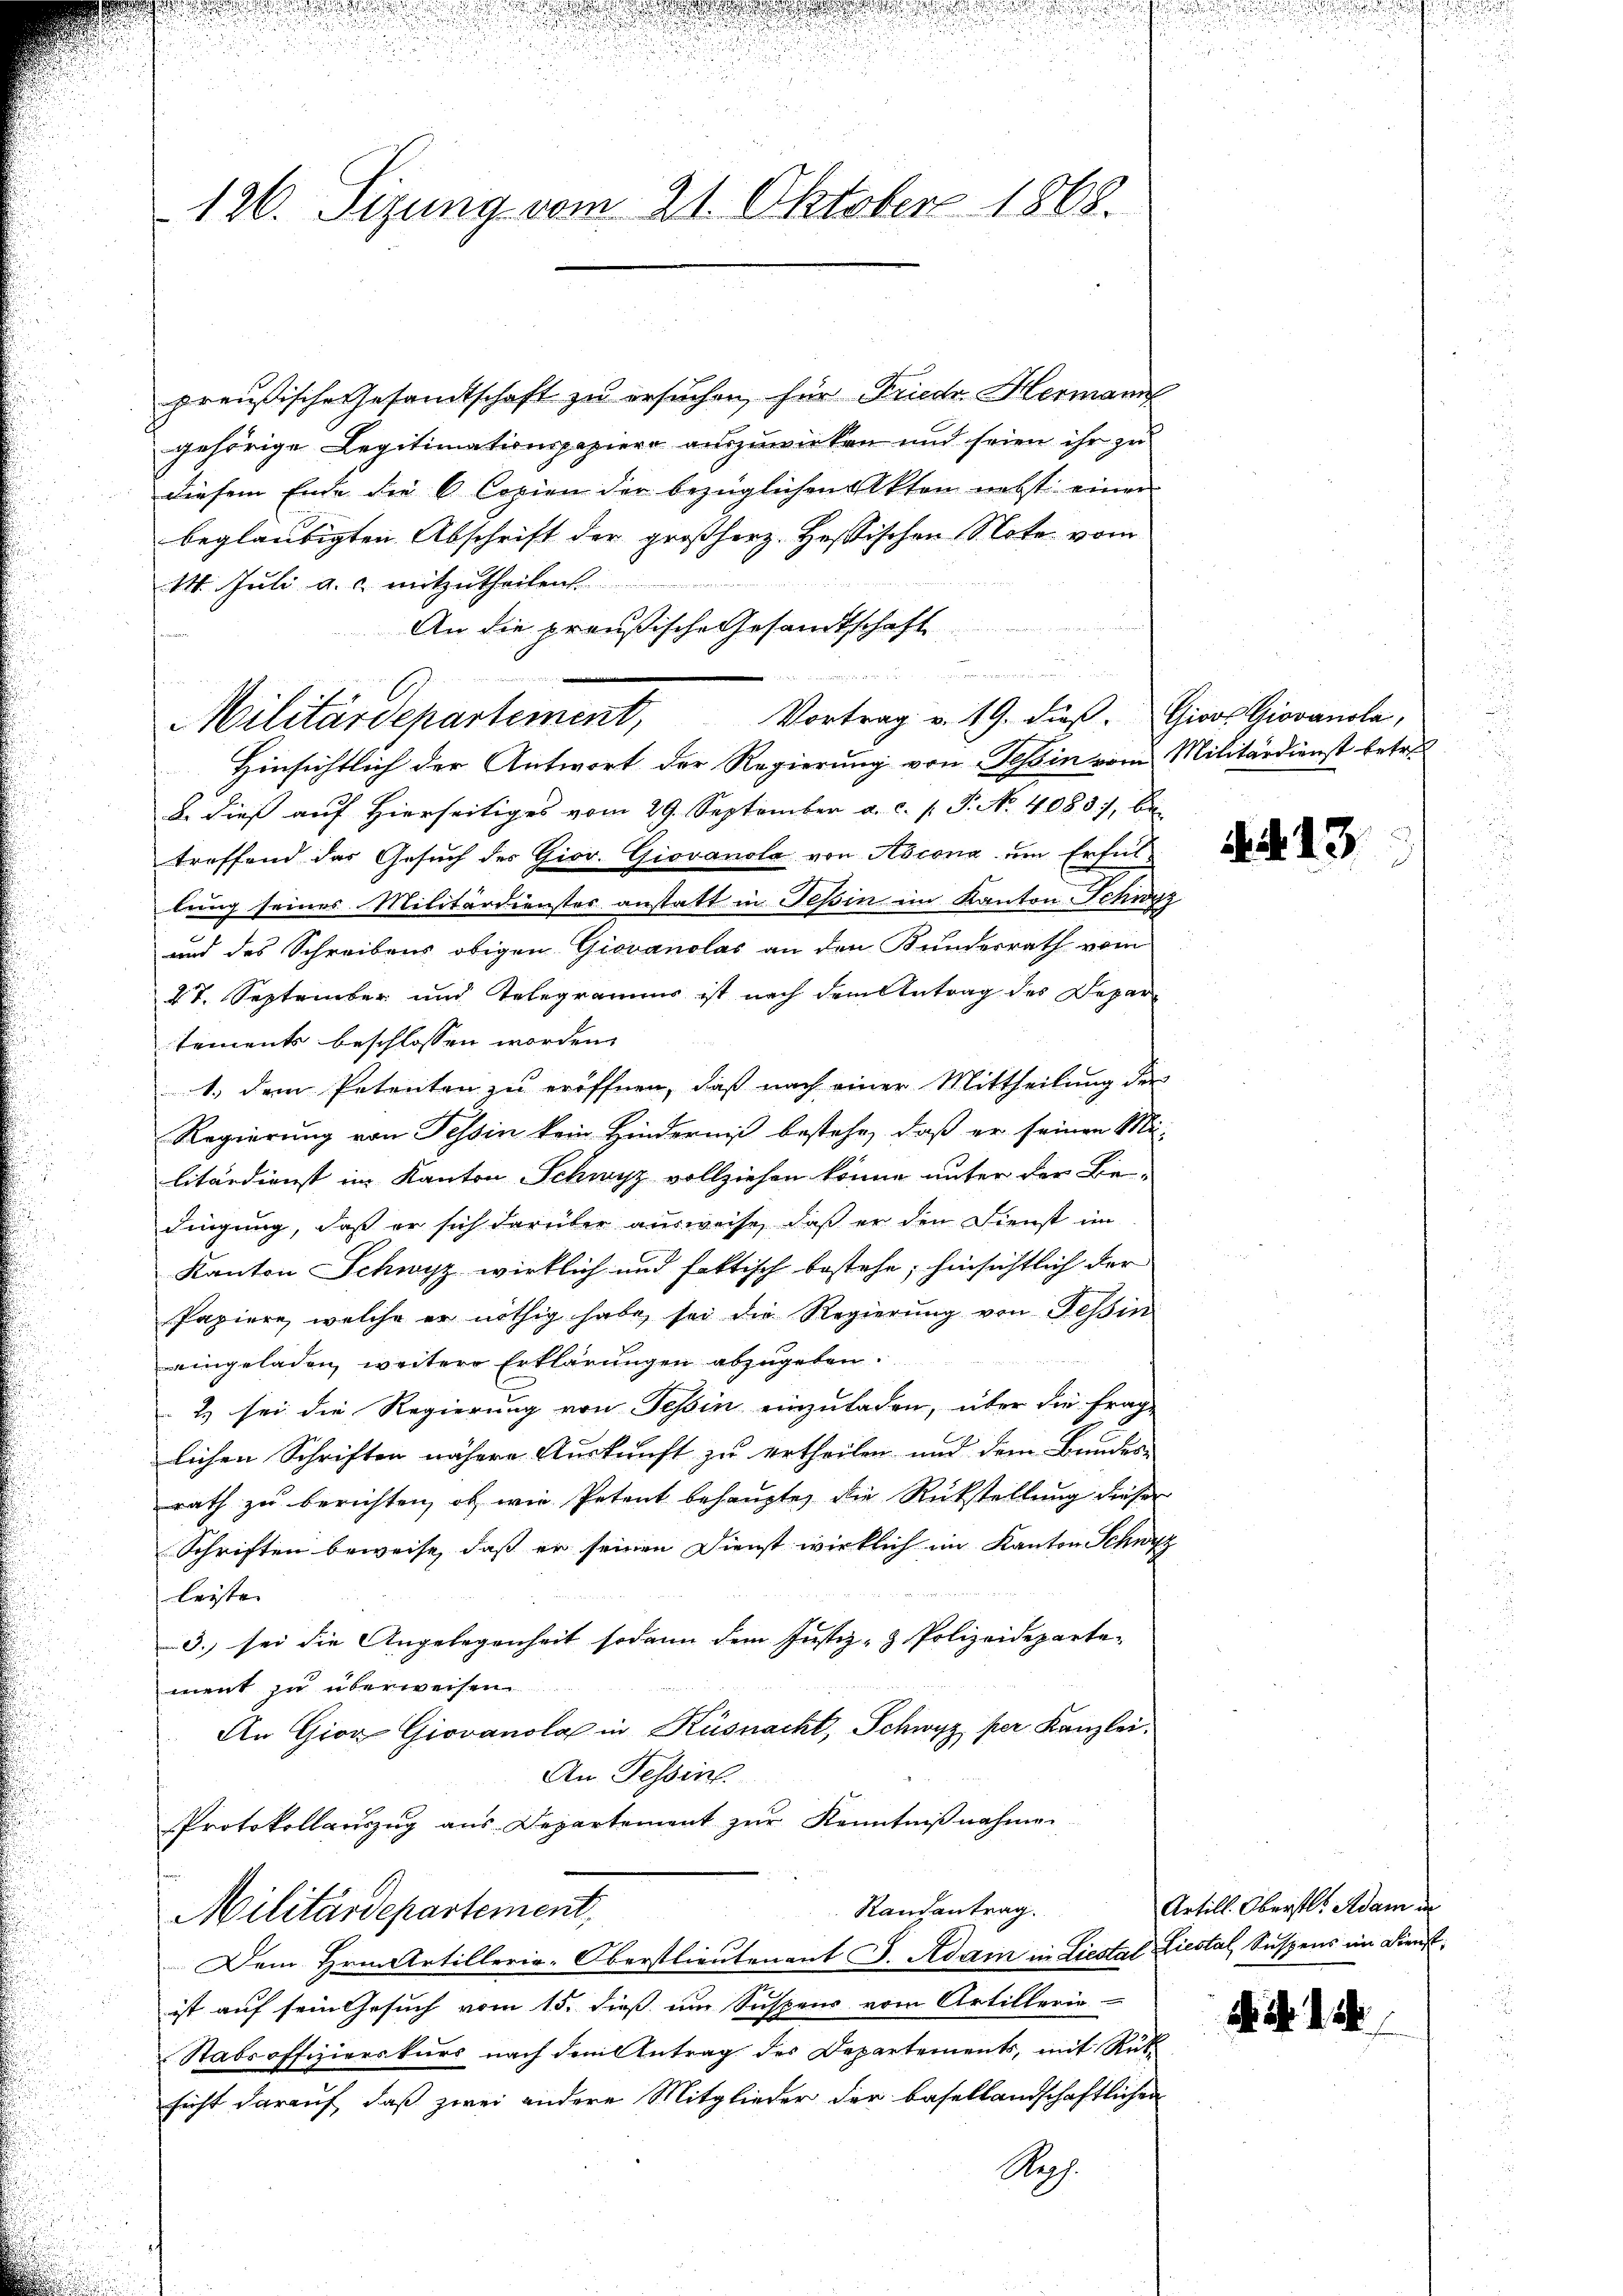
126. Sizung vom 21. Oktober 1868.

preußische Gesandtschaft zu ersuchen, für Friede Hermanif
gehörige Legitimationspapiere auszuwirken und seien ihr zu
diesem Ende die 6 Copien der bezüglichen Akten nebst einer
beglaubigten Abschrift der großherz. Hessischen Note vom
14. Juli a. c. mitzutheilen.
An die preußische Gesandtschaft

Hinsichtlich der Antwort der Regierung von Teßin vom Militärdienst betre
B. dieß auf hierseitiges vom 29. September a. c. s. S. No. 4083), be-
treffend das Gesuch des Giov. Giovanola von Ascona um Erfüllung seines Militärdienstes anstatt in Tessin im Kanton Schwyz
und des Schreibens obigen Giovanolas an den Kundesrath vom
27. September und Telegramms ist nach dem Antrag des Depar-
tements beschlossen worden.
1.) dem Petenten zu eröffnen, daß nach einer Mittheilung der
Regierung von Tessin kein Hinderniß bestehe, daß er seinen Mi-
litärdienst im Kanton Schwyz vollziehen könne unter der Be-
dingung, daß er sich darüber ausweise, daß er den Dienst im
Kanton Schwyz wirklich und faktisch bestehe; hinsichtlich der
Papiere, welche er nöthig habe sei die Regierung von Tessin
eingeladen, weitere Erklärungen abzugeben.
2) sei die Regierung von Tessin einzuladen, über die Frage
lichen Schriften nähere Auskunft zu ertheilen und dem Bundes-
rath zu berichten, ob wie Petent behaupten die Rückstellung dieser
Schriften beweise, daß er seinen Dienst wirklich im Kanton Schwyz
leisten |
3. sei die Angelegenheit sodann dem Justiz- & Polizeideparte-
ment zu überweisen.
An Gior Giovanola in Küsnacht, Schwyz per Kanzlei¬
An Tessin
Protokollauszug aus Departement zur Kenntnißnahme.
Randantrag
Militärdepartement,
Dem Hrn. Artillerie-Oberstlieutenant J. Adam in Liestal Liestal, Suspens im Dienstist auf sein Gesuch vom 15. dieß ein Suspens vom Artillerie
Stabsoffizierskurs nach dem Antrag des Departements, mit Rück-
sicht darauf, daß zwei andere Mitglieder der basellandschaftlichen
Nah.

Militärdepartement,

n
Vortrag v. 19. dieß. Giovs Giovanola,

. . 13.

Artill. Oberstl. Adam in

d. M. D.